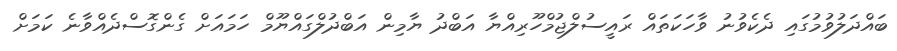
ބައްދަލުވުމުގައި ދެކެވުނު ވާހަކަތައް ރައީސުލްޖުމްހޫރިއްޔާ އަބްދު ޔާމިން އަބްދުލްގައްޔޫމް ހަމައަށް ގެންގޮސްދެއްވާނެ ކަމަށް